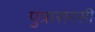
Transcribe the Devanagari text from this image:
पुत्रासरसी